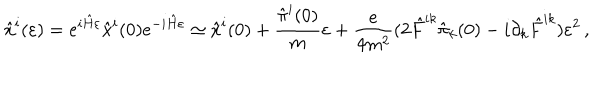
LaTeX: { \hat { x } } ^ { i } ( \varepsilon ) = e ^ { i { \hat { H } } \varepsilon } { \hat { x } } ^ { i } ( 0 ) e ^ { - i { \hat { H } } \varepsilon } \simeq { \hat { x } } ^ { i } ( 0 ) + { \frac { { \hat { \pi } } ^ { i } ( 0 ) } { m } } \varepsilon + { \frac { e } { 4 m ^ { 2 } } } ( 2 { \hat { F } } ^ { i k } { \hat { \pi } } _ { k } ( 0 ) - i \partial _ { k } { \hat { F } } ^ { i k } ) \varepsilon ^ { 2 } \, ,